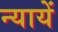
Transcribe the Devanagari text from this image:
न्यायें